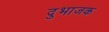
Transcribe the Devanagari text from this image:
दुभाजक